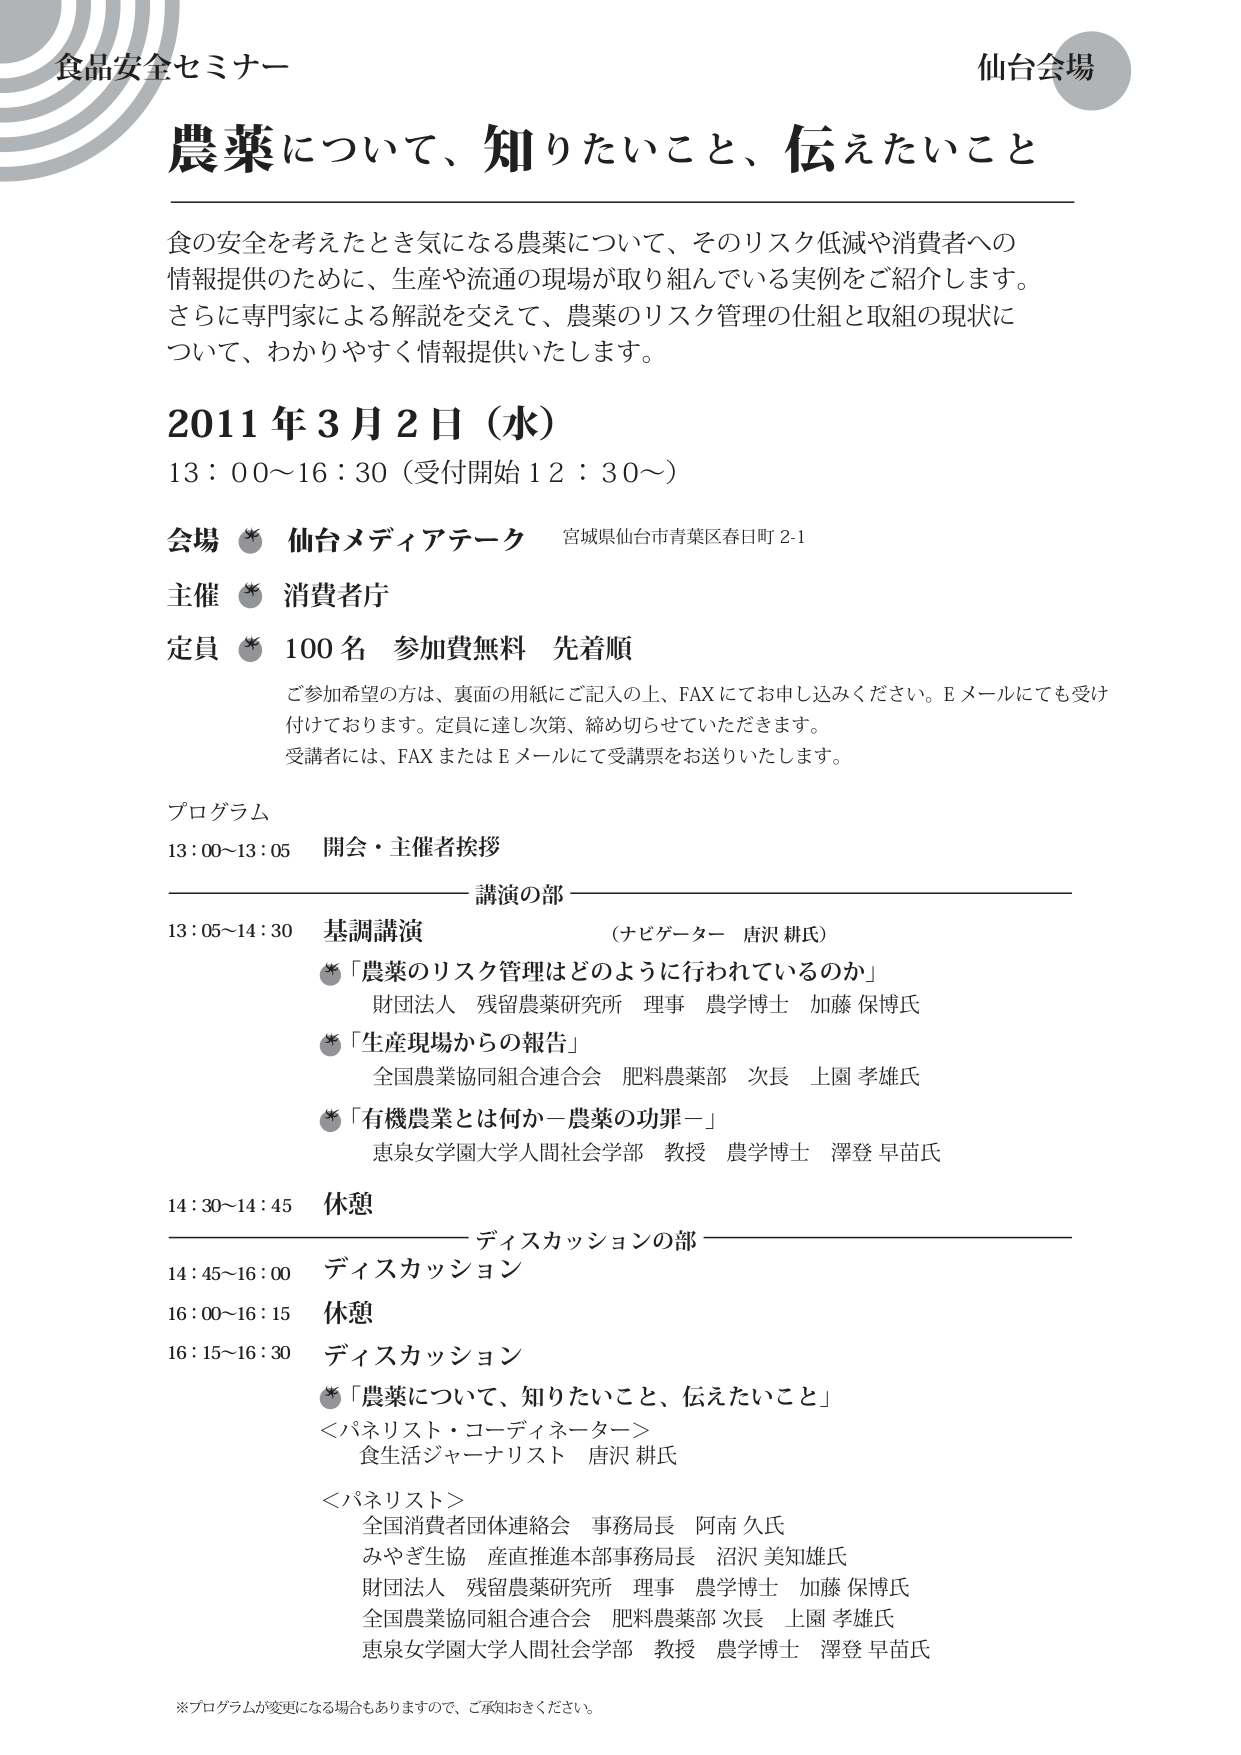
食品安全セミナー
仙台会場

農薬について、知りたいこと、伝えたいこと

食の安全を考えたとき気になる農薬について、そのリスク低減や消費者への情報提供のために、生産や流通の現場が取り組んでいる実例をご紹介します。
さらに専門家による解説を交えて、農薬のリスク管理の仕組と取組の現状について、わかりやすく情報提供いたします。

2011年3月2日（水）
13：00～16：30（受付開始12：30～）

会場 仙台メディアテーク 宮城県仙台市青葉区春日町2-1
主催 消費者庁
定員 100名 参加費無料 先着順

ご参加希望の方は、裏面の用紙にご記入の上、FAXにてお申し込みください。Eメールにも受け付けております。定員に達し次第、締め切らせていただきます。
受講者には、FAXまたはEメールにて受講票をお送りいたします。

プログラム
13：00～13：05 開会・主催者挨拶

講演の部
13：05～14：30 基調講演 （ナビゲーター 唐沢 耕氏）
　※「農薬のリスク管理はどのように行われているのか」
　　財団法人 残留農薬研究所 理事 農学博士 加藤 保博氏
　※「生産現場からの報告」
　　全国農業協同組合連合会 肥料農薬部 次長 上園 孝雄氏
　※「有機農業とは何か－農薬の功罪－」
　　恵泉女学園大学人間社会学部 教授 農学博士 澤登 早苗氏

14：30～14：45 休憩

ディスカッションの部
14：45～16：00 ディスカッション
16：00～16：15 休憩
16：15～16：30 ディスカッション
　※「農薬について、知りたいこと、伝えたいこと」
　＜パネリスト・コーディネーター＞
　　食生活ジャーナリスト 唐沢 耕氏
　＜パネリスト＞
　　全国消費者団体連絡会 事務局長 阿南 久氏
　　みやぎ生協 産直推進本部事務局長 沼沢 美知雄氏
　　財団法人 残留農薬研究所 理事 農学博士 加藤 保博氏
　　全国農業協同組合連合会 肥料農薬部 次長 上園 孝雄氏
　　恵泉女学園大学人間社会学部 教授 農学博士 澤登 早苗氏

※プログラムが変更になる場合もありますので、ご承知おきください。